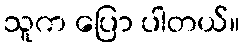
သူက ပြော ပါတယ်။